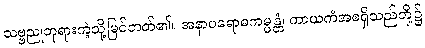
သဗ္ဗညုဘုရားကဲ့သို့မြင်တတ်၏။ အနာပရောဓကမ္မန္တံ၊ ကာယကံအစရှိသည်တို့၌